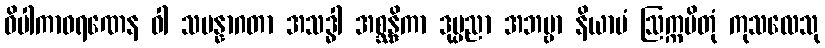
ဝိပါကာဝရဏေန ဝါ သမန္နာဂတာ အသဒ္ဓါ အစ္ဆန္ဒိကာ ဒုပ္ပညာ အဘဗ္ဗာ နိယာမံ ဩက္ကမိတုံ ကုသလေသု